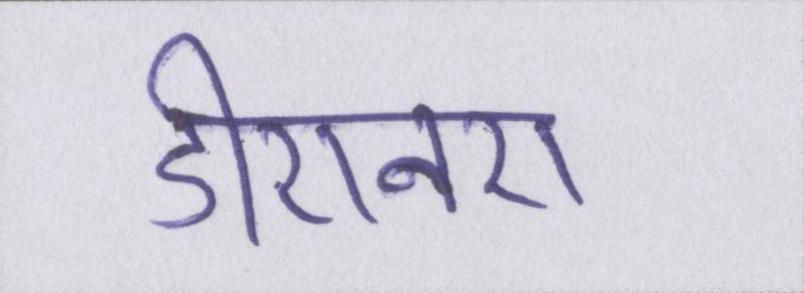
डीएनए